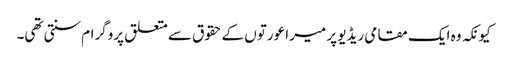
کیونکہ وہ ایک مقامی ریڈیو پر میرا عورتوں کے حقوق سے متعلق پروگرام سنتی تھی۔